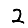
Digit: 2